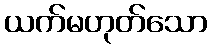
ယက်မဟုတ်သော